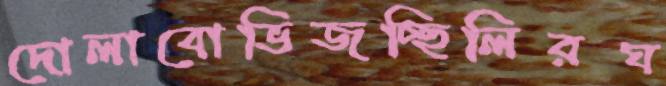
দোলাবোভিজচ্ছিলিরঘ